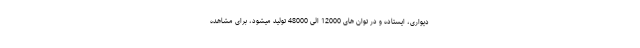
دیواری، ایستاده و در توان های 12000 الی 48000 تولید میشود، برای مشاهده